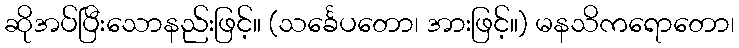
ဆိုအပ်ပြီးသောနည်းဖြင့်။ (သင်္ခေပတော၊ အားဖြင့်။) မနသိကရောတော၊